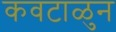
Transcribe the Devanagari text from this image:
कवटाळुन